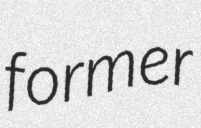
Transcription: former